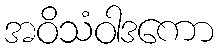
အဝိသံဝါဒကော